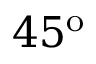
4 5 ^ { \mathrm { { o } } }